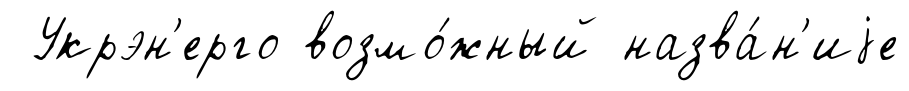
Укрэн'ерго возмо́жный назва́н'иjе